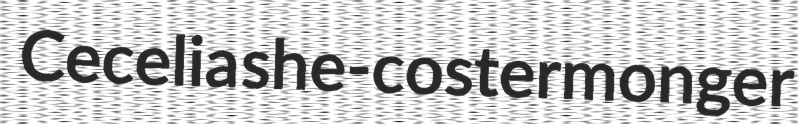
Cecelia she-costermonger